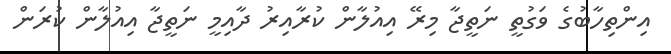
އިންތިހާބުގެ ވަގުތީ ނަތީޖާ މިރޭ އިއުލާން ކުރާއިރު ދާއިމީ ނަތީޖާ އިއުލާން ކުރަން